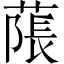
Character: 𦹥